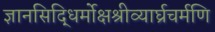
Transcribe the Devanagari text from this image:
ज्ञानसिद्धिर्मोक्षश्रीव्यार्घ्रचर्मणि